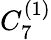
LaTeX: {C}_{7}^{(1)}